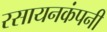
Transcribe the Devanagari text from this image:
रसायनकंपनी